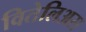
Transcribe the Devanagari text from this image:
वितेलिअस